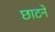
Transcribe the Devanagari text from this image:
छाटने